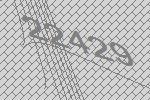
22429